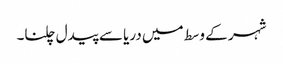
شہر کے وسط میں دریا سے پیدل چلنا۔